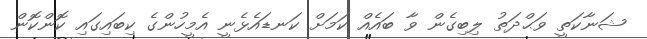
ޝަނާކަތީ ވަޙްދަތު ލިބިގެން ވާ ބައެއް ކަމަށް ކަނޑައެޅެނީ އެމީހުންގެ ކިބައިގައި ކޮންކޮން